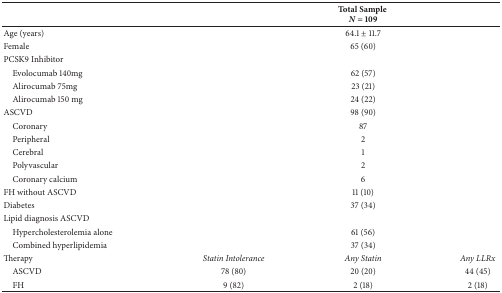
<table><thead><tr><td><b> </b></td><td><b> </b></td><td><b>Total Sample <i>N</i> = 109</b></td><td><b> </b></td></tr></thead><tbody><tr><td>Age (years)</td><td> </td><td>64.1 ± 11.7</td><td> </td></tr><tr><td>Female</td><td> </td><td>65 (60)</td><td> </td></tr><tr><td>PCSK9 Inhibitor</td><td> </td><td> </td><td> </td></tr><tr><td> Evolocumab 140mg</td><td> </td><td>62 (57)</td><td> </td></tr><tr><td> Alirocumab 75mg</td><td> </td><td>23 (21)</td><td> </td></tr><tr><td> Alirocumab 150 mg</td><td> </td><td>24 (22)</td><td> </td></tr><tr><td>ASCVD</td><td> </td><td>98 (90)</td><td> </td></tr><tr><td> Coronary</td><td> </td><td>87</td><td> </td></tr><tr><td> Peripheral</td><td> </td><td>2</td><td> </td></tr><tr><td> Cerebral</td><td> </td><td>1</td><td> </td></tr><tr><td> Polyvascular</td><td> </td><td>2</td><td> </td></tr><tr><td> Coronary calcium</td><td> </td><td>6</td><td> </td></tr><tr><td>FH without ASCVD</td><td> </td><td>11 (10)</td><td> </td></tr><tr><td>Diabetes</td><td> </td><td>37 (34)</td><td> </td></tr><tr><td>Lipid diagnosis ASCVD</td><td> </td><td> </td><td> </td></tr><tr><td> Hypercholesterolemia alone</td><td> </td><td>61 (56)</td><td> </td></tr><tr><td> Combined hyperlipidemia</td><td> </td><td>37 (34)</td><td> </td></tr><tr><td>Therapy</td><td><i>Statin Intolerance</i></td><td><i>Any Statin</i></td><td><i>Any LLRx</i></td></tr><tr><td> ASCVD</td><td>78 (80)</td><td>20 (20)</td><td>44 (45)</td></tr><tr><td> FH</td><td>9 (82)</td><td>2 (18)</td><td>2 (18)</td></tr></tbody></table>